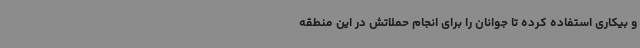
و بیکاری استفاده کرده تا جوانان را برای انجام حملاتش در این منطقه